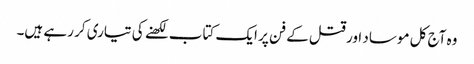
وہ آج کل موساد اور قتل کے فن پر ایک کتاب لکھنے کی تیاری کر رہے ہیں۔